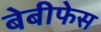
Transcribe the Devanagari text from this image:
बेबीफेस